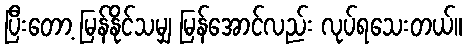
ပြီးတော့ မြန်နိုင်သမျှ မြန်အောင်လည်း လုပ်ရသေးတယ်။